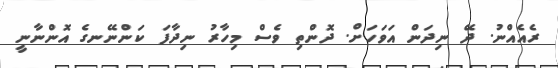
ރެއެއްނު. ދޭ ނިދަން އަވަހަށް. ދޮންތި ވެސް މިހާރު ނިދާފަ ކަންނޭނގެ އޮންނާނީ